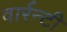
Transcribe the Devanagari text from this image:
वार्रन्टी